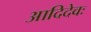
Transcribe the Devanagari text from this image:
आदिदेवः